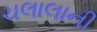
ચલાલાની